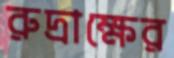
রুদ্রাক্ষের